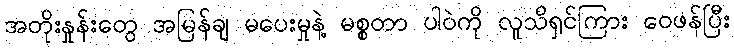
အတိုးနှုန်းတွေ အမြန်ချ မပေးမှုနဲ့ မစ္စတာ ပါဝဲကို လူသိရှင်ကြား ဝေဖန်ပြီး